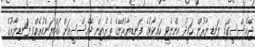
ޖޭއެސްސީގައި ފަނޑިޔާރުން ހަމީދު އިންނެވީ ހައިކޯޓުގެ ފަނޑިޔާރުންގެ ތެރެއިން ޖޭއެސްސީއަށް އައްޔަންކުރެއްވި ފަނޑިޔާރުގެ